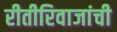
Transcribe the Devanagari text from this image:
रीतीरिवाजांची